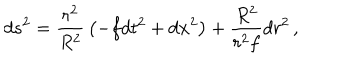
d s ^ { 2 } = { \frac { r ^ { 2 } } { R ^ { 2 } } } \left( - f d t ^ { 2 } + d { \bf x } ^ { 2 } \right) + { \frac { R ^ { 2 } } { r ^ { 2 } f } } d r ^ { 2 } \, ,